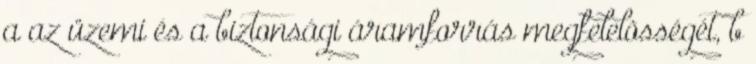
a az üzemi és a biztonsági áramforrás megfelelõsségét, b